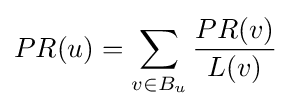
PR(u)=\sum _{v\in B_{u}}{\frac {PR(v)}{L(v)}}